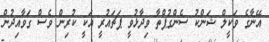
އޭނާގެ ވަކީލް ޝަންކު ސެންގުޕްތާ ވިދާޅުވީ ޕަޗައުރީ އަކީ ކުރިން ވެސް ގަވާއިދުން